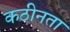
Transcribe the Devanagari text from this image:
कठीनता